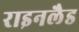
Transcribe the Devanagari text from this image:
राइनलैड